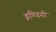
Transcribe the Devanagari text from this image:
इण्डिगो